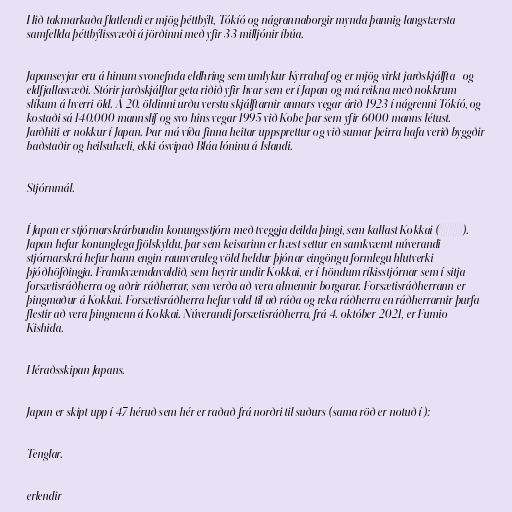
Hið takmarkaða flatlendi er mjög þéttbýlt, Tókíó og nágrannaborgir mynda þannig langstærsta
samfellda þéttbýlissvæði á jörðinni með yfir 33 milljónir íbúa.

Japanseyjar eru á hinum svonefnda eldhring sem umlykur Kyrrahaf og er mjög virkt jarðskjálfta- og
eldfjallasvæði. Stórir jarðskjálftar geta riðið yfir hvar sem er í Japan og má reikna með nokkrum
slíkum á hverri öld. Á 20. öldinni urðu verstu skjálftarnir annars vegar árið 1923 í nágrenni Tókíó, og
kostaði sá 140.000 mannslíf og svo hins vegar 1995 við Kobe þar sem yfir 6000 manns létust.
Jarðhiti er nokkur í Japan. Þar má víða finna heitar uppsprettur og við sumar þeirra hafa verið byggðir
baðstaðir og heilsuhæli, ekki ósvipað Bláa lóninu á Íslandi.

Stjórnmál.

Í Japan er stjórnarskrárbundin konungsstjórn með tveggja deilda þingi, sem kallast Kokkai (国会).
Japan hefur konunglega fjölskyldu, þar sem keisarinn er hæst settur en samkvæmt núverandi
stjórnarskrá hefur hann engin raunveruleg völd heldur þjónar eingöngu formlegu hlutverki
þjóðhöfðingja. Framkvæmdavaldið, sem heyrir undir Kokkai, er í höndum ríkisstjórnar sem í sitja
forsætisráðherra og aðrir ráðherrar, sem verða að vera almennir borgarar. Forsætisráðherrann er
þingmaður á Kokkai. Forsætisráðherra hefur vald til að ráða og reka ráðherra en ráðherrarnir þurfa
flestir að vera þingmenn á Kokkai. Núverandi forsætisráðherra, frá 4. október 2021, er Fumio
Kishida.

Héraðsskipan Japans.

Japan er skipt upp í 47 héruð sem hér er raðað frá norðri til suðurs (sama röð er notuð í ):

Tenglar.

erlendir